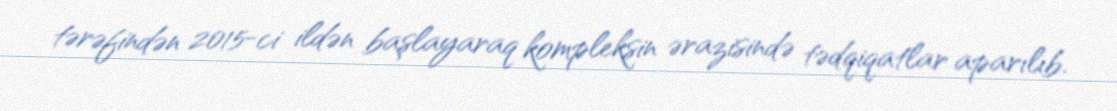
tərəfindən 2015-ci ildən başlayaraq kompleksin ərazisində tədqiqatlar aparılıb.